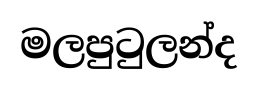
මලපුටුලන්ද